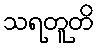
သရတူတိ